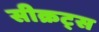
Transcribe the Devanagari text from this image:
सीक्रट्स